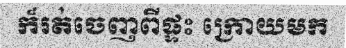
ក៏រត់ចេញពីផ្ទះ ក្រោយមក